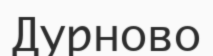
Дурново